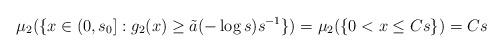
LaTeX: \begin{align*}\mu_2(\{x\in(0,s_0]:g_2(x)\geq \tilde a(-\log s)s^{-1}\})=\mu_2(\{0<x\leq Cs\})=Cs\end{align*}